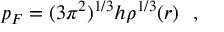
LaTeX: p _ { F } = ( 3 { \pi } ^ { 2 } ) ^ { 1 / 3 } h { \rho } ^ { 1 / 3 } ( r ) \ \ ,